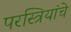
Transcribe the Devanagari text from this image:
परस्त्रियांचे